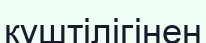
күштілігінен